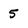
Character: 5